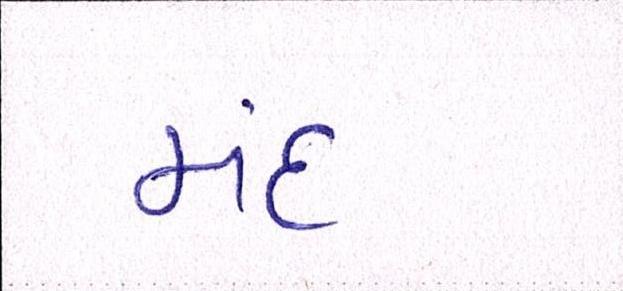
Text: મંદ